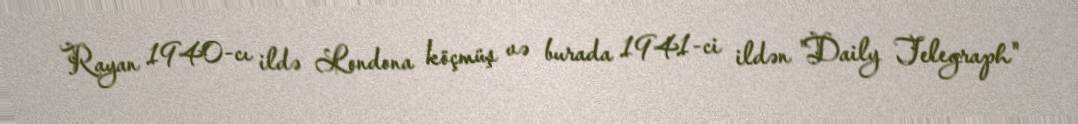
Rayan 1940-cı ildə Londona köçmüş və burada 1941-ci ildən "Daily Telegraph"